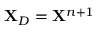
\mathbf { X } _ { D } = \mathbf { X } ^ { n + 1 }